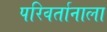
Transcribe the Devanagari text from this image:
परिवर्तानाला